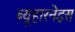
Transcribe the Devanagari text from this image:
ब्यूहारनेइस